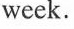
week.